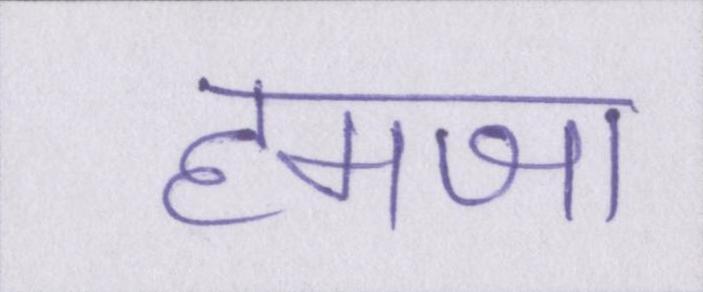
हमजा